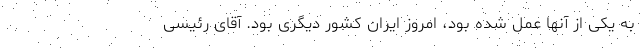
به یکی‌ از آنها عمل شده بود، امروز ایران کشور دیگری بود. آقای رئیسی